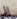
إلى